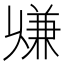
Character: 𠔨